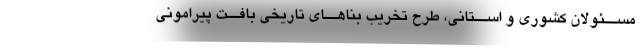
مســئولان کشوری و اســتانی، طرح تخریب بناهــای تاریخی بافــت پیرامونی